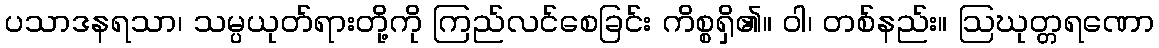
ပသာဒနရသာ၊ သမ္ပယုတ်ရားတို့ကို ကြည်လင်စေခြင်း ကိစ္စရှိ၏။ ဝါ၊ တစ်နည်း။ ဩဃုတ္တရဏော